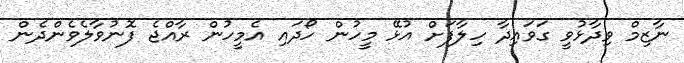
ނާޒިމް ވިދާޅުވީ ގަވައިދާ ހިލާފަށް އުޅޭ މީހުން ހޯދައި އެމީހުން ރާއްޖެ ފޮނުވާލެވެންދެން